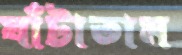
ঘাঁটাতাম